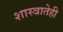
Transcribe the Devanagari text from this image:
शास्त्रातेही